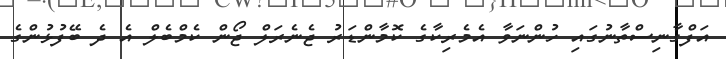
އަފްގާނިސްތާނުގައި ހުންނަވާ އެމެރިކާގެ ކޮމާންޑަރު ޖެނެރަލް ޖޯން ކެމްބެލް އެ ދެ ބޭފުޅުންގެ